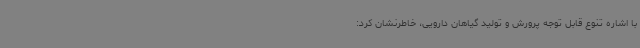
با اشاره تنوع قابل توجه پرورش و تولید گیاهان دارویی، خاطرنشان کرد: